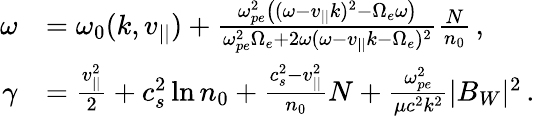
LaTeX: \begin{array}{rl}{\omega}&{=\omega_{0}(k,v_{||})+\frac{\omega_{pe}^{2}\big((\omega-v_{||}k)^{2}-\Omega_{e}\omega\big)}{\omega_{pe}^{2}\Omega_{e}+2\omega(\omega-v_{||}k-\Omega_{e})^{2}}\frac{N}{n_{0}}\, ,}\\ {\gamma}&{=\frac{v_{||}^{2}}{2}+c_{s}^{2}\ln n_{0}+\frac{c_{s}^{2}-v_{||}^{2}}{n_{0}}N+\frac{\omega_{pe}^{2}}{\mu c^{2}k^{2}}|B_{W}|^{2}\, .}\end{array}